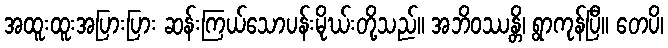
အထူးထူးအပြားပြား ဆန်းကြယ်သောပန်းမိုဃ်းတို့သည်။ အဘိဝဿန္တိ၊ ရွာကုန်ပြီ။ တေပိ၊